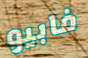
فابيو